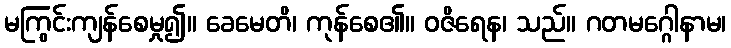
မကြွင်းကျန်စေမှု၍။ ခေမေတိ၊ ကုန်စေ၏။ ဝဇိရေန၊ သည်။ ဂတမဂ္ဂေါနာမ၊